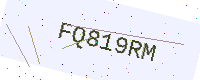
Text: FQ819RM